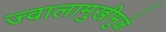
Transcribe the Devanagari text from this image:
ज्वालामुखीमुळे